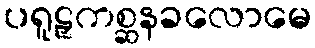
ပရူဠှကစ္ဆနခလောမေ